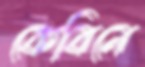
কেবিনে